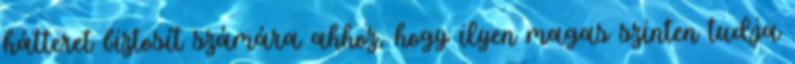
hátteret biztosít számára ahhoz, hogy ilyen magas szinten tudja